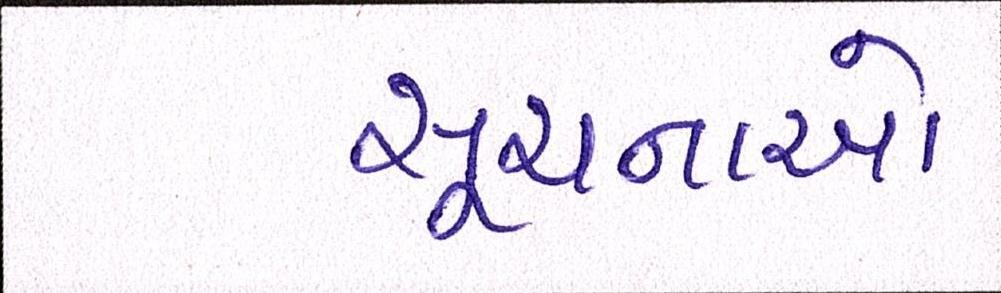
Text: સૂચનાઓ